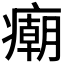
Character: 𰤂